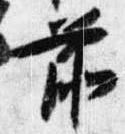
前